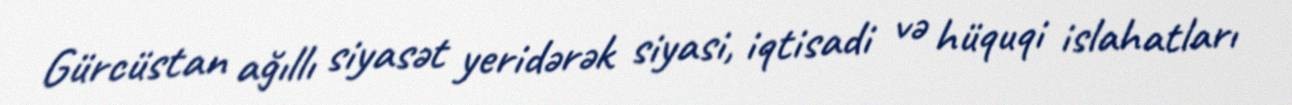
Gürcüstan ağıllı siyasət yeridərək siyasi, iqtisadi və hüquqi islahatları